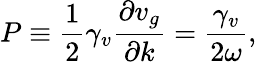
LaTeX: P\equiv\frac{1}{2}\gamma_{v}\frac{\partial v_{g}}{\partial k}=\frac{\gamma_{v}}{2\omega},